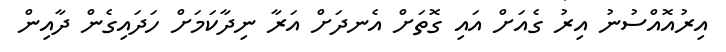
އިރުއޮއްސުނު އިރު ގެއަށް އައި ގޮތަށް އެނދަށް އަރާ ނިދާކަމަށް ހަދައިގެން ދާއިން